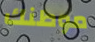
موطنك